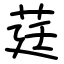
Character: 莛